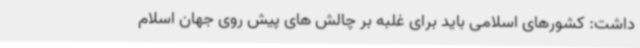
داشت: کشورهای اسلامی باید برای غلبه بر چالش های پیش روی جهان اسلام